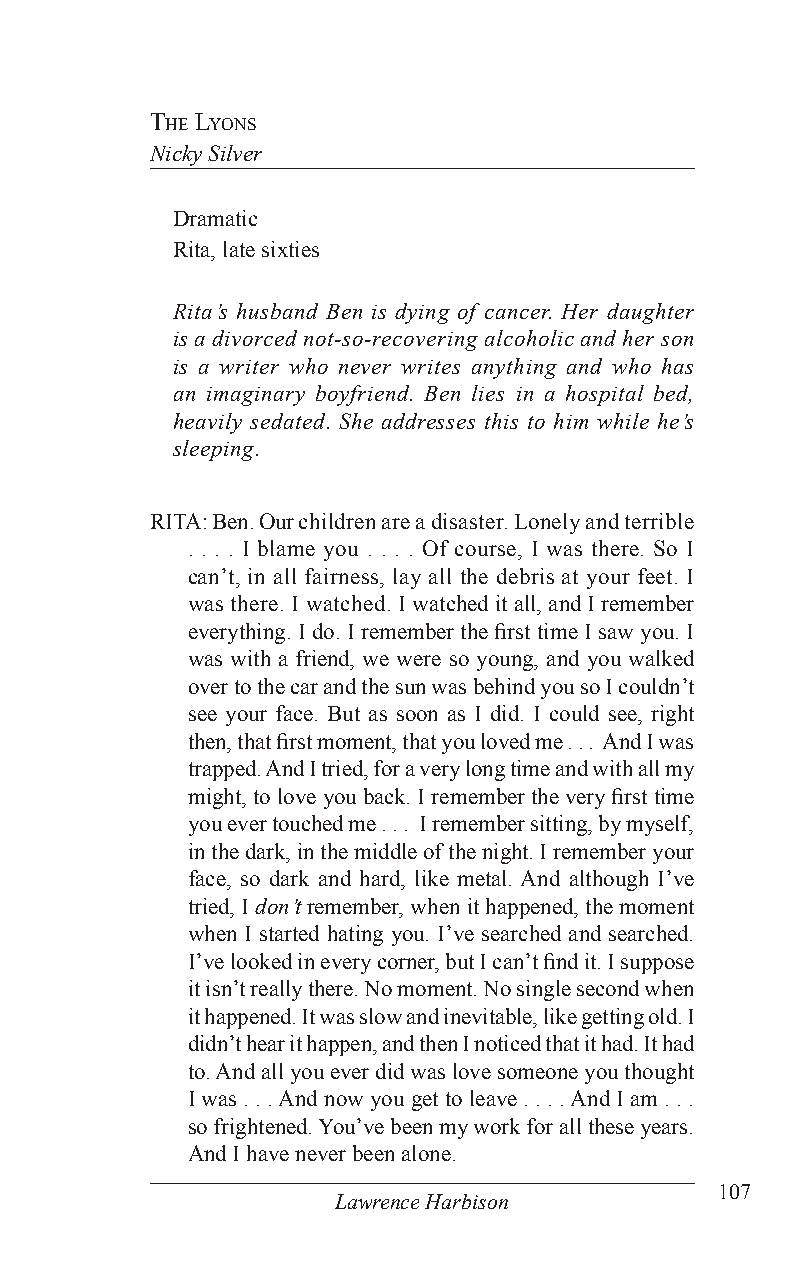
The lyons
 Nicky Silver
 Dramatic
 Rita, late sixties
 Rita’s husband Ben is dying of cancer. Her daughter
 is a divorced not-so-recovering alcoholic and her son
 is a writer who never writes anything and who has
 an imaginary boyfriend. Ben lies in a hospital bed,
 heavily sedated. She addresses this to him while he’s
 sleeping.
 RITA: Ben. Our children are a disaster. Lonely and terrible
 . . . . I blame you . . . . Of course, I was there. So I
 can’t, in all fairness, lay all the debris at your feet. I
 was there. I watched. I watched it all, and I remember
 everything. I do. I remember the first time I saw you. I
 was with a friend, we were so young, and you walked
 over to the car and the sun was behind you so I couldn’t
 see your face. But as soon as I did. I could see, right
 then, that first moment, that you loved me . . . And I was
 trapped. And I tried, for a very long time and with all my
 might, to love you back. I remember the very first time
 you ever touched me . . . I remember sitting, by myself,
 in the dark, in the middle of the night. I remember your
 face, so dark and hard, like metal. And although I’ve
 tried, I don’t remember, when it happened, the moment
 when I started hating you. I’ve searched and searched.
 I’ve looked in every corner, but I can’t find it. I suppose
 it isn’t really there. No moment. No single second when
 it happened. It was slow and inevitable, like getting old. I
 didn’t hear it happen, and then I noticed that it had. It had
 to. And all you ever did was love someone you thought
 I was . . . And now you get to leave . . . . And I am . . .
 so frightened. You’ve been my work for all these years.
 And I have never been alone.
 107
 Lawrence Harbison